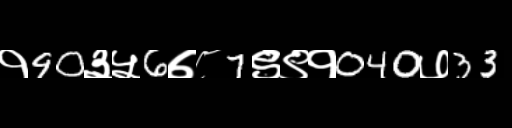
Text: १90३५6७८7९९१040७33